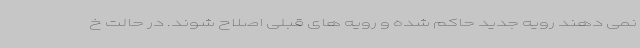
نمی دهند رویه جدید حاکم شده و رویه های قبلی اصلاح شوند. در حالت خ